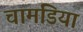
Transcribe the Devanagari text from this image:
चामडिया